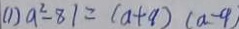
( 1 ) a ^ { 2 } - 8 1 = ( a + 9 ) ( a - 9 )